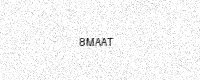
Text: 8MAAT